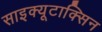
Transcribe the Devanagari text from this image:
साइक्यूटाक्सिन